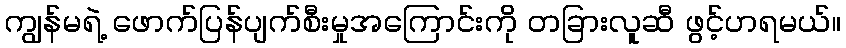
ကျွန်မရဲ့ ဖောက်ပြန်ပျက်စီးမှုအကြောင်းကို တခြားလူဆီ ဖွင့်ဟရမယ်။